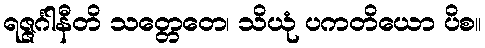
ရဇ္ဇင်္ဂါနီတိ သတ္တေတေ၊ သိယုံ ပကတိယော ပိစ။